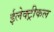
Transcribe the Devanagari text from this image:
ईलेक्ट्रीकल